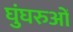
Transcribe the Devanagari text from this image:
घुंघरुओं